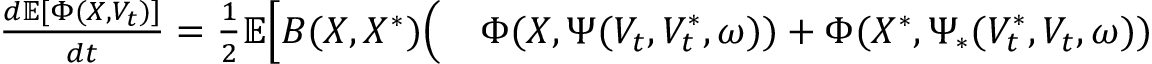
\begin{array} { r l } { \frac { d \mathbb { E } [ \Phi ( X , V _ { t } ) ] } { d t } = \frac { 1 } { 2 } \mathbb { E } \Bigl [ B ( X , X ^ { \ast } ) \Bigl ( } & { { } \Phi ( X , \Psi ( V _ { t } , V _ { t } ^ { \ast } , \omega ) ) + \Phi ( X ^ { \ast } , \Psi _ { \ast } ( V _ { t } ^ { \ast } , V _ { t } , \omega ) ) } \end{array}